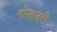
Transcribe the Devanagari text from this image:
गोलाबरी